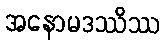
အနောမဒဿိဿ